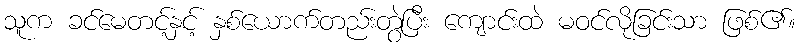
သူက ခင်မေတင့်နှင့် နှစ်ယောက်တည်းတွဲပြီး ကျောင်းထဲ မဝင်လိုခြင်းသာ ဖြစ်၏။